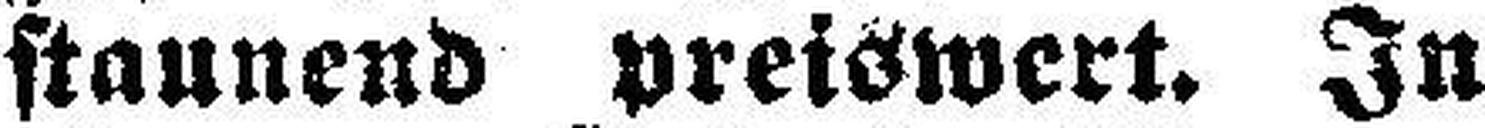
staunend preiswert. In